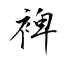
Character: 裨